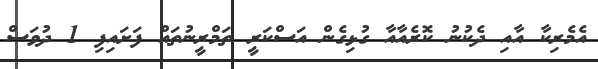
އެމެރިކާ އާއި ދެކުނު ކޮރެއާއާ ގުޅިގެން އަސްކަރީ ތަމްރީނުތައް ފަށައިފި 1 ދުވަސް